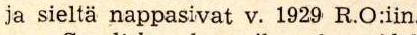
ja sieltä nappasivat v. 1929 R.O:iin.